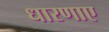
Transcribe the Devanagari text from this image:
धारणाए